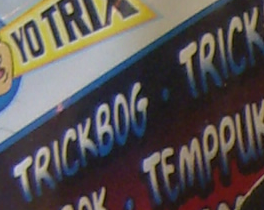
TRICKBOG . TRICK